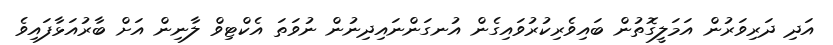
އަދި ދަރިވަރުން އަމަލީގޮތުން ބައިވެރިކުރުވައިގެން އުނގަންނައިދިނުން ނުވަތަ އެކްޓިވް ލާނިން އަށް ބާރުއަޅާފައިވެ